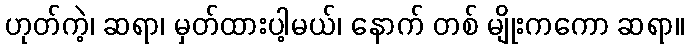
ဟုတ်ကဲ့၊ ဆရာ၊ မှတ်ထားပါ့မယ်၊ နောက် တစ် မျိုးကကော ဆရာ။